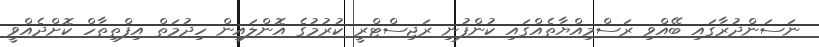
ނަސަންދުރާގައި ބޭއްވި ރަސްމިއްޔާތެއްގައި ކުންފުނި ރަޖިސްޓްރީ ކުރުމުގެ އޮންލައިން ހިދުމަތް އިފްތިތާހް ކޮށްދެއްވީ